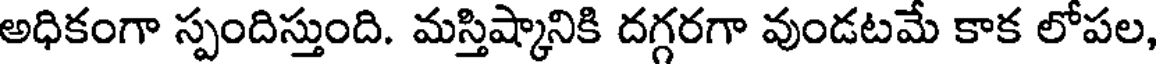
అధికంగా స్పందిస్తుంది. మస్తిష్కానికి దగ్గరగా వుండటమే కాక లోపల,